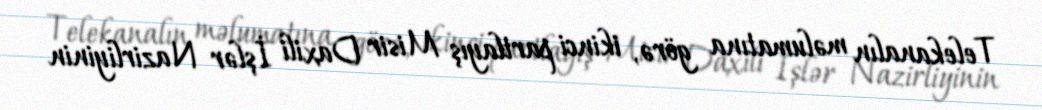
Telekanalın məlumatına görə, ikinci partlayış Misir Daxili İşlər Nazirliyinin